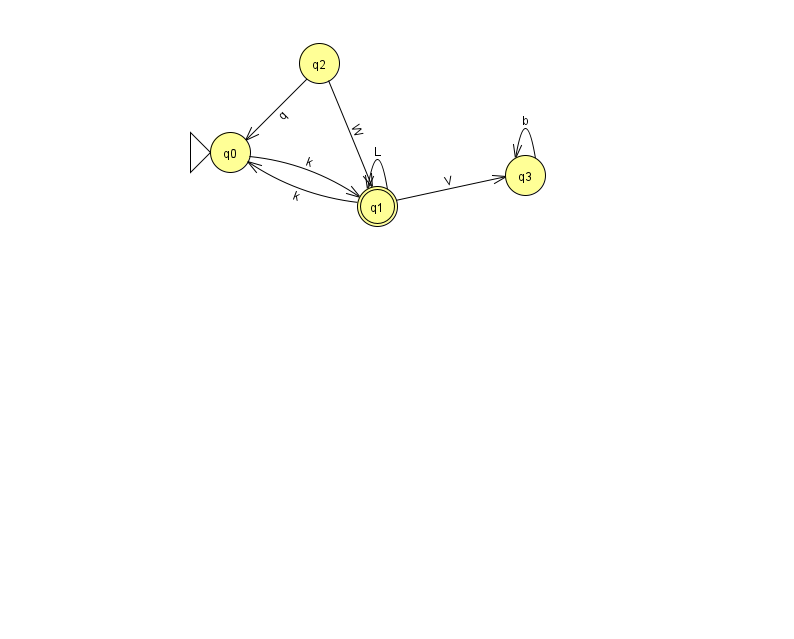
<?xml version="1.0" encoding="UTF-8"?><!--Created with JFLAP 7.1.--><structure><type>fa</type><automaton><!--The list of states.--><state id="0" name="q0"><x>230.0</x><y>139.0</y><initial/></state><state id="1" name="q1"><x>377.0</x><y>193.0</y><final/></state><state id="2" name="q2"><x>319.0</x><y>50.0</y></state><state id="3" name="q3"><x>525.0</x><y>162.0</y></state><!--The list of transitions.--><transition><from>3</from><to>3</to><read>b</read></transition><transition><from>0</from><to>1</to><read>k</read></transition><transition><from>1</from><to>0</to><read>k</read></transition><transition><from>2</from><to>1</to><read>W</read></transition><transition><from>1</from><to>3</to><read>V</read></transition><transition><from>1</from><to>1</to><read>L</read></transition><transition><from>2</from><to>0</to><read>q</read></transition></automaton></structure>